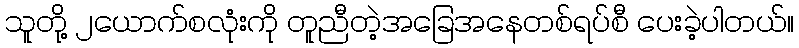
သူတို့ ၂ယောက်စလုံးကို တူညီတဲ့အခြေအနေတစ်ရပ်စီ ပေးခဲ့ပါတယ်။